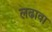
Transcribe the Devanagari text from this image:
लढावा